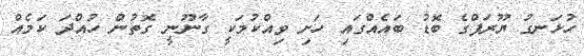
ހުޅަނގު ޔޫރަޕްގެ ބޮޑު ބައެއްގައި ހަށި ވިއްކުމަކީ ގާނޫނީ ގޮތުން ހުއްދަ ކަމެއް